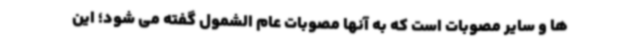
ها و سایر مصوبات است که به آنها مصوبات عام الشمول گفته می شود؛ این